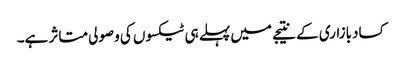
کسادبازاری کے نتیجے میں پہلے ہی ٹیکسوں کی وصولی متاثر ہے۔